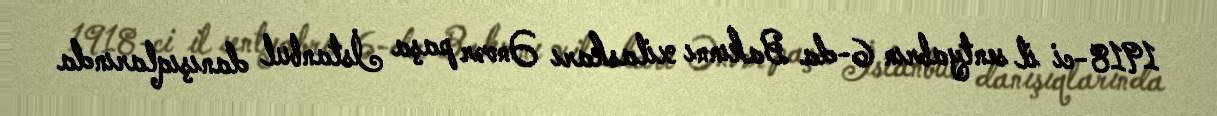
1918-ci il sentyabrın 6-da Bakınnı xilaskarı Ənvər paşa İstanbul danışıqlarında